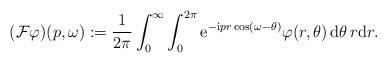
LaTeX: \begin{align*} (\mathcal F\varphi)(p, \omega):= \frac1{2\pi}\int_0^\infty\int_0^{2\pi}\mathrm e^{-\mathrm i pr\cos(\omega- \theta)}\varphi(r, \theta)\, \mathrm d\theta\,r\mathrm dr.\end{align*}